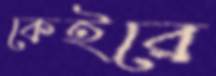
কেইরে